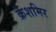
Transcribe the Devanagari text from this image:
क्रेशमिर